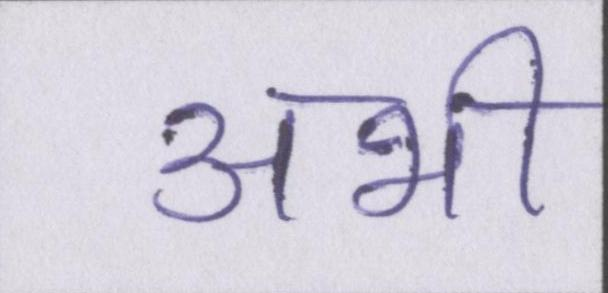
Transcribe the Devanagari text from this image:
अभी